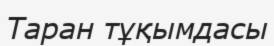
Таран тұқымдасы